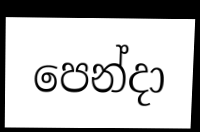
පෙන්දා